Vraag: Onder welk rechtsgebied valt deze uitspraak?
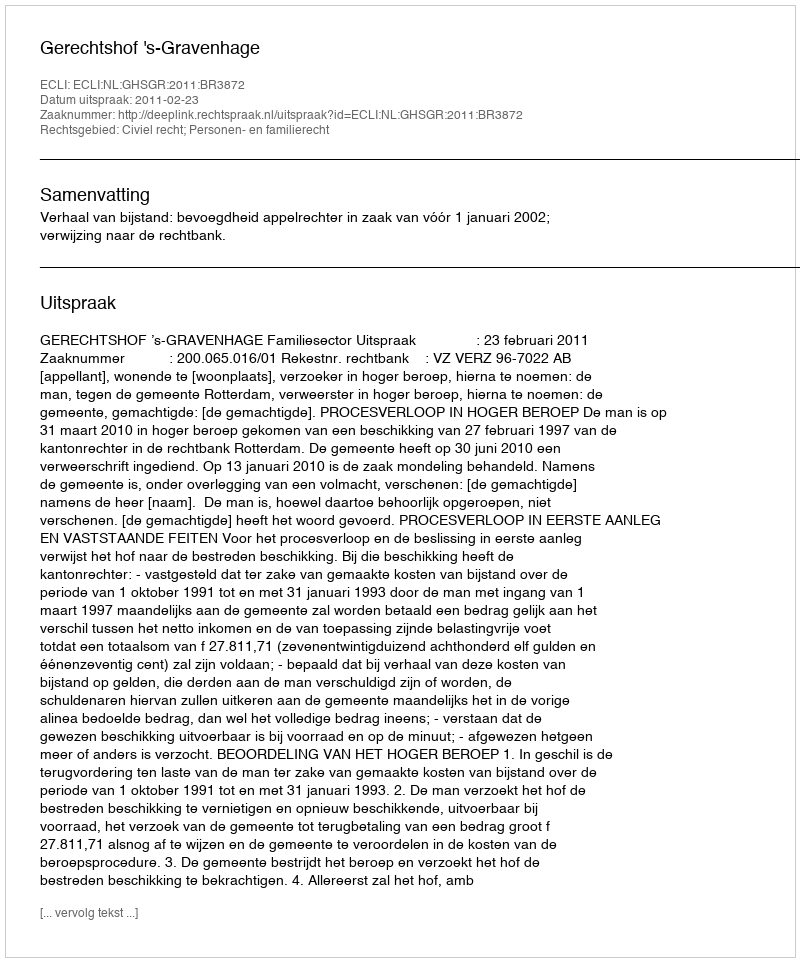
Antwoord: Civiel recht; Personen- en familierecht